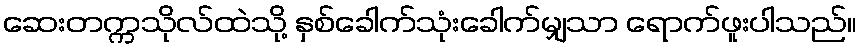
ဆေးတက္ကသိုလ်ထဲသို့ နှစ်ခေါက်သုံးခေါက်မျှသာ ရောက်ဖူးပါသည်။